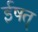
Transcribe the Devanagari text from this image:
ईषत्‌